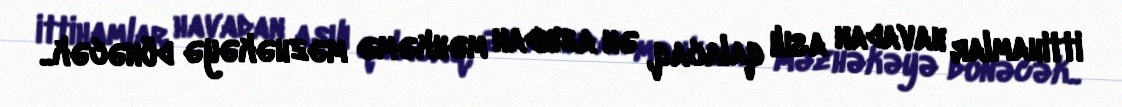
ittihamlar havadan asılı qalacaq, ən azından məhkəmə məzhəkəyə dönəcək..